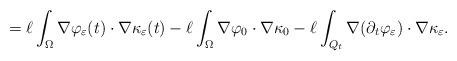
LaTeX: \begin{align*} = \ell \int_{\Omega} \nabla \varphi_{\varepsilon}(t) \cdot \nabla \kappa_{\varepsilon} (t)- \ell \int_{\Omega} \nabla \varphi_0 \cdot \nabla \kappa_0- \ell \int_{Q_t} \nabla(\partial_t \varphi_{\varepsilon}) \cdot \nabla \kappa_{\varepsilon} .\end{align*}